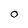
Character: O